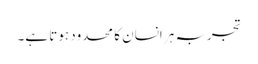
تجربہ ہر انسان کا محدود ہوتا ہے۔